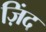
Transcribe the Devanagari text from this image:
ज़िंद